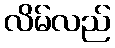
လိမ်လည်